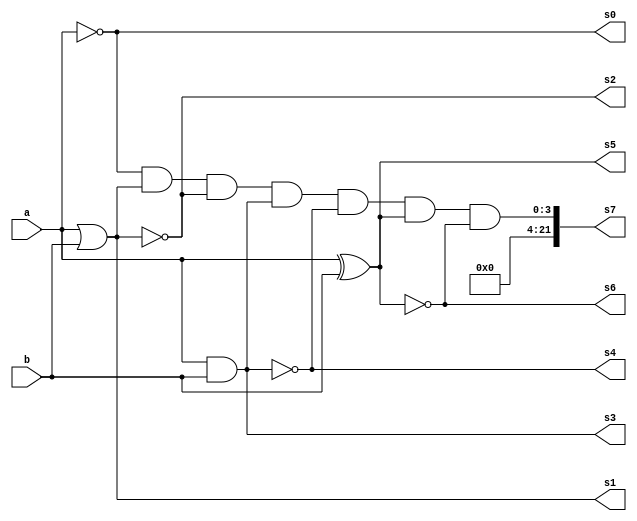
// ------------------------- 
// Exemplo0033 -  NOT,OR,NOR,AND,NAND,XOR,XNOR  gate (simultaneos)
// Nome: Guilherme Rodrigues Melo de Oliveira 
// ------------------------- 
// ------------------------- 
// NOT,OR,NOR,AND,NAND,XOR,XNOR  gate (simultaneos)
// ------------------------- 
module f4 (output [3:0] s0,
output [3:0] s1,
output [3:0] s2,
output [3:0] s3,
output [3:0] s4,
output [3:0] s5,
output [3:0] s6,
output [21:0] s7,
input [3:0] a, 
input [3:0] b); 
// descrever por portas 
assign s0 = ~a;
assign s1 = (a | b);
assign s2 = ~(a | b);
assign s3 = (a & b);
assign s4 = ~(a & b);
assign s5 = (a ^ b);
assign s6 = ~(a ^ b);
assign s7 = (s0 & s1 & s2 & s3 & s4 & s5 & s6);
endmodule // f4 
module test_f4; 
// ------------------------- definir dados 
reg [3:0] x; 
reg [3:0] y;
wire [3:0] z;
wire [3:0] w;
wire [3:0] t;
wire [3:0] p;
wire [3:0] q;
wire [3:0] r;
wire [3:0] u;
wire [21:0] i;

f4 modulo (z,w,t,p,q,r,u,i,x,y); 
// ------------------------- parte principal 
initial begin 
$display("Exemplo0031 - Guilherme Rodrigues Melo de Oliveira - 427409 ");  
$display("Test LU's module"); 
x = 4'b1101; y = 4'b1010; 
// projetar testes do modulo 
#1 $display("%3b %3b %3b %3b %3b %3b %3b %3b %3b",x,y,z,w,t,p,r,u,i); 
end 
endmodule // test_f4